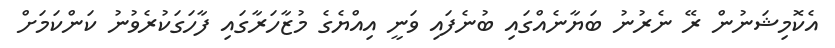
އެކޮމިޝަނުން ރޭ ނެރުނު ބަޔާނެއްގައި ބުނެފައި ވަނީ އިއްޔެގެ މުޒާހަރާގައި ފާހަގަކުރެވުނު ކަންކަމަށް